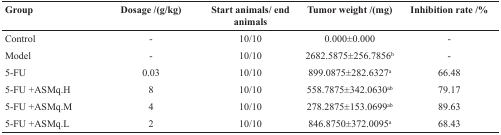
<table><thead><tr><td><b>Group</b></td><td><b>Dosage /(g/kg)</b></td><td><b>Start animals/ end animals</b></td><td><b>Tumor weight /(mg)</b></td><td><b>Inhibition rate /%</b></td></tr></thead><tbody><tr><td>Control</td><td>-</td><td>10/10</td><td>0.000±0.000</td><td>-</td></tr><tr><td>Model</td><td>-</td><td>10/10</td><td>2682.5875±256.7856<sup>b</sup></td><td>-</td></tr><tr><td>5-FU</td><td>0.03</td><td>10/10</td><td>899.0875±282.6327<sup>a</sup></td><td>66.48</td></tr><tr><td>5-FU +ASMq.H</td><td>8</td><td>10/10</td><td>558.7875±342.0630<sup>ab</sup></td><td>79.17</td></tr><tr><td>5-FU +ASMq.M</td><td>4</td><td>10/10</td><td>278.2875±153.0699<sup>ab</sup></td><td>89.63</td></tr><tr><td>5-FU +ASMq.L</td><td>2</td><td>10/10</td><td>846.8750±372.0095<sup>a</sup></td><td>68.43</td></tr></tbody></table>